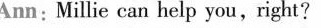
Ann: Millie can help you,right?